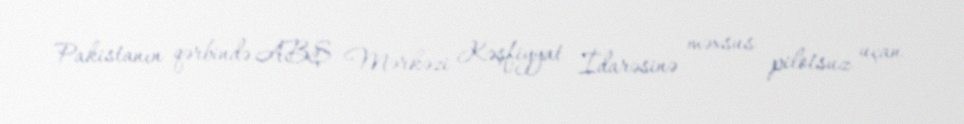
Pakistanın qərbində ABŞ Mərkəzi Kəşfiyyat İdarəsinə məxsus pilotsuz uçan